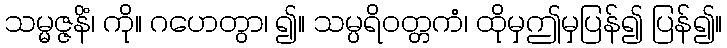
သမ္မဇ္ဇနိံ၊ ကို။ ဂဟေတွာ၊ ၍။ သမ္ပရိဝတ္တကံ၊ ထိုမှဤမှပြန်၍ ပြန်၍။